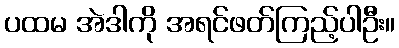
ပထမ အဲဒါကို အရင်ဖတ်ကြည့်ပါဦး။